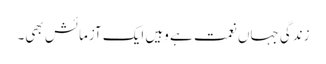
زندگی جہاں نعمت ہے وہیں ایک آزمائش بھی۔